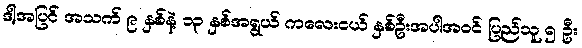
ဒါ့အပြင် အသက် ၉ နှစ်နဲ့ ၁၃ နှစ်အရွယ် ကလေးငယ် နှစ်ဦးအပါအဝင် ပြည်သူ ၅ ဦး